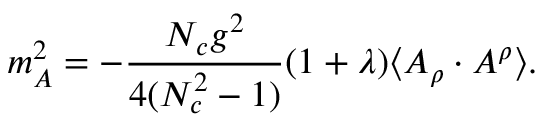
m _ { A } ^ { 2 } = - \frac { N _ { c } g ^ { 2 } } { 4 ( N _ { c } ^ { 2 } - 1 ) } ( 1 + \lambda ) \langle A _ { \rho } \cdot A ^ { \rho } \rangle .